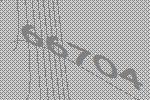
66704